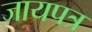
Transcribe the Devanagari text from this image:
जायपत्र